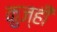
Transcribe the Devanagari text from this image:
कुज्ही